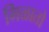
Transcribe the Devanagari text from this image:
मिळातो